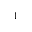
^ { 1 }